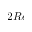
2 R e